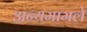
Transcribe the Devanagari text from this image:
अन्यमामले